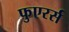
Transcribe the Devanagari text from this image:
फुएरर्स